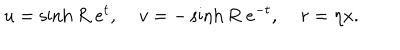
LaTeX: u = \sinh R \; e ^ { t } , \; v = - \sinh R \; e ^ { - t } , \; r = \eta x .